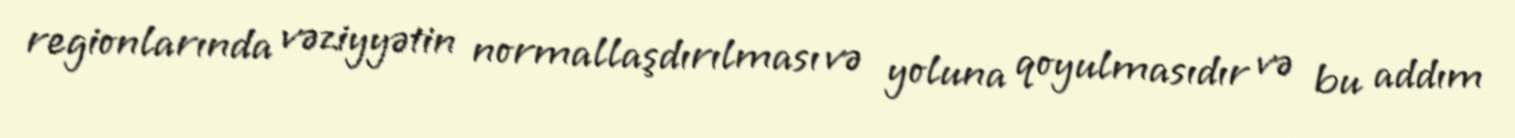
regionlarında vəziyyətin normallaşdırılması və yoluna qoyulmasıdır və bu addım